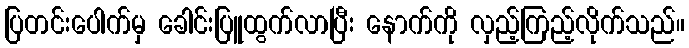
ပြတင်းပေါက်မှ ခေါင်းပြူထွက်လာပြီး နောက်ကို လှည့်ကြည့်လိုက်သည်။